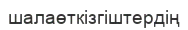
шалаөткізгіштердің